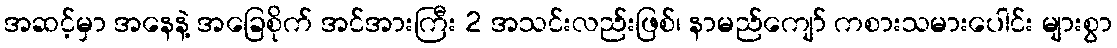
အဆင့်မှာ အနေနဲ့ အခြေစိုက် အင်အားကြီး 2 အသင်းလည်းဖြစ်၊ နာမည်ကျော် ကစားသမားပေါင်း များစွာ